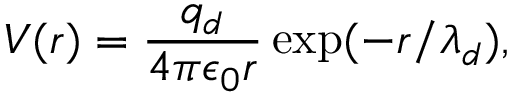
V ( r ) = \frac { q _ { d } } { 4 \pi \epsilon _ { 0 } r } \exp ( - r / \lambda _ { d } ) ,